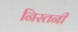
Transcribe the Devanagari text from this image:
निस्तनी